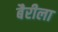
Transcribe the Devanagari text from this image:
बैरीला